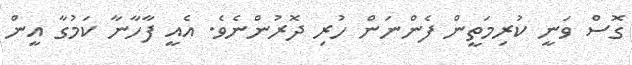
ގޮސް ވަނީ ކުރިމަތީން ފެންނަން ހުރި ދޮރުންނެވެ. އެއީ ފާހާނާ ކަމުގާ އީން